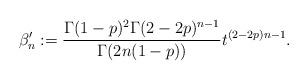
LaTeX: \begin{align*}\beta_n':=\frac{\Gamma(1-p)^2\Gamma(2-2p)^{n-1}}{\Gamma(2n(1-p))}t^{(2-2p)n-1}.\end{align*}